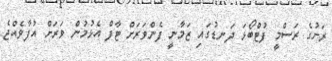
ރަށުގެ ރަސްމީ ފުޓްބޯޅަ ދަނޑުގައި ޒަމާނީ ފެންވަރަށް ޓާފް އެޅުމުން ވަރަށް އުފާވެއްޖެ